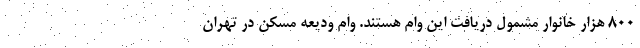
۸۰۰ هزار خانوار مشمول دریافت این وام هستند. وام ودیعه مسکن در تهران